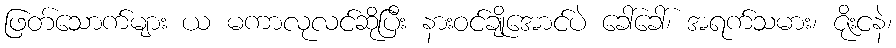
ဖြတ်သောက်များ ယ မကာလုလင်ဆိုပြီး နားဝင်ချိုအောင်ပဲ ခေါ်ခေါ်၊ အရက်သမား၊ ဇိုးငနဲ၊